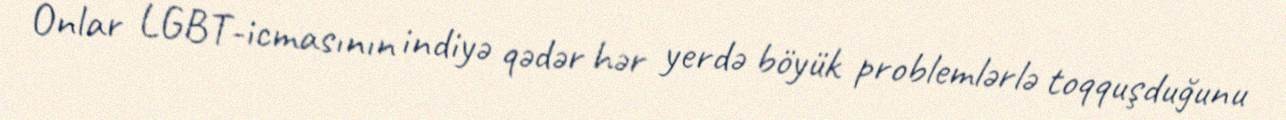
Onlar LGBT-icmasının indiyə qədər hər yerdə böyük problemlərlə toqquşduğunu